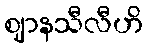
ဈာနသီလီဟိ